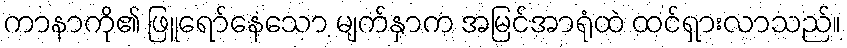
ကာနာကို၏ ဖြူရော်နေသော မျက်နှာက အမြင်အာရုံထဲ ထင်ရှားလာသည်။